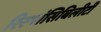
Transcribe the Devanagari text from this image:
रिस्पांसिबिलीटी